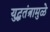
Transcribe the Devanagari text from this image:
युद्धतंत्रामुळे